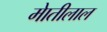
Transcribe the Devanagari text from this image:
माेतीलाल